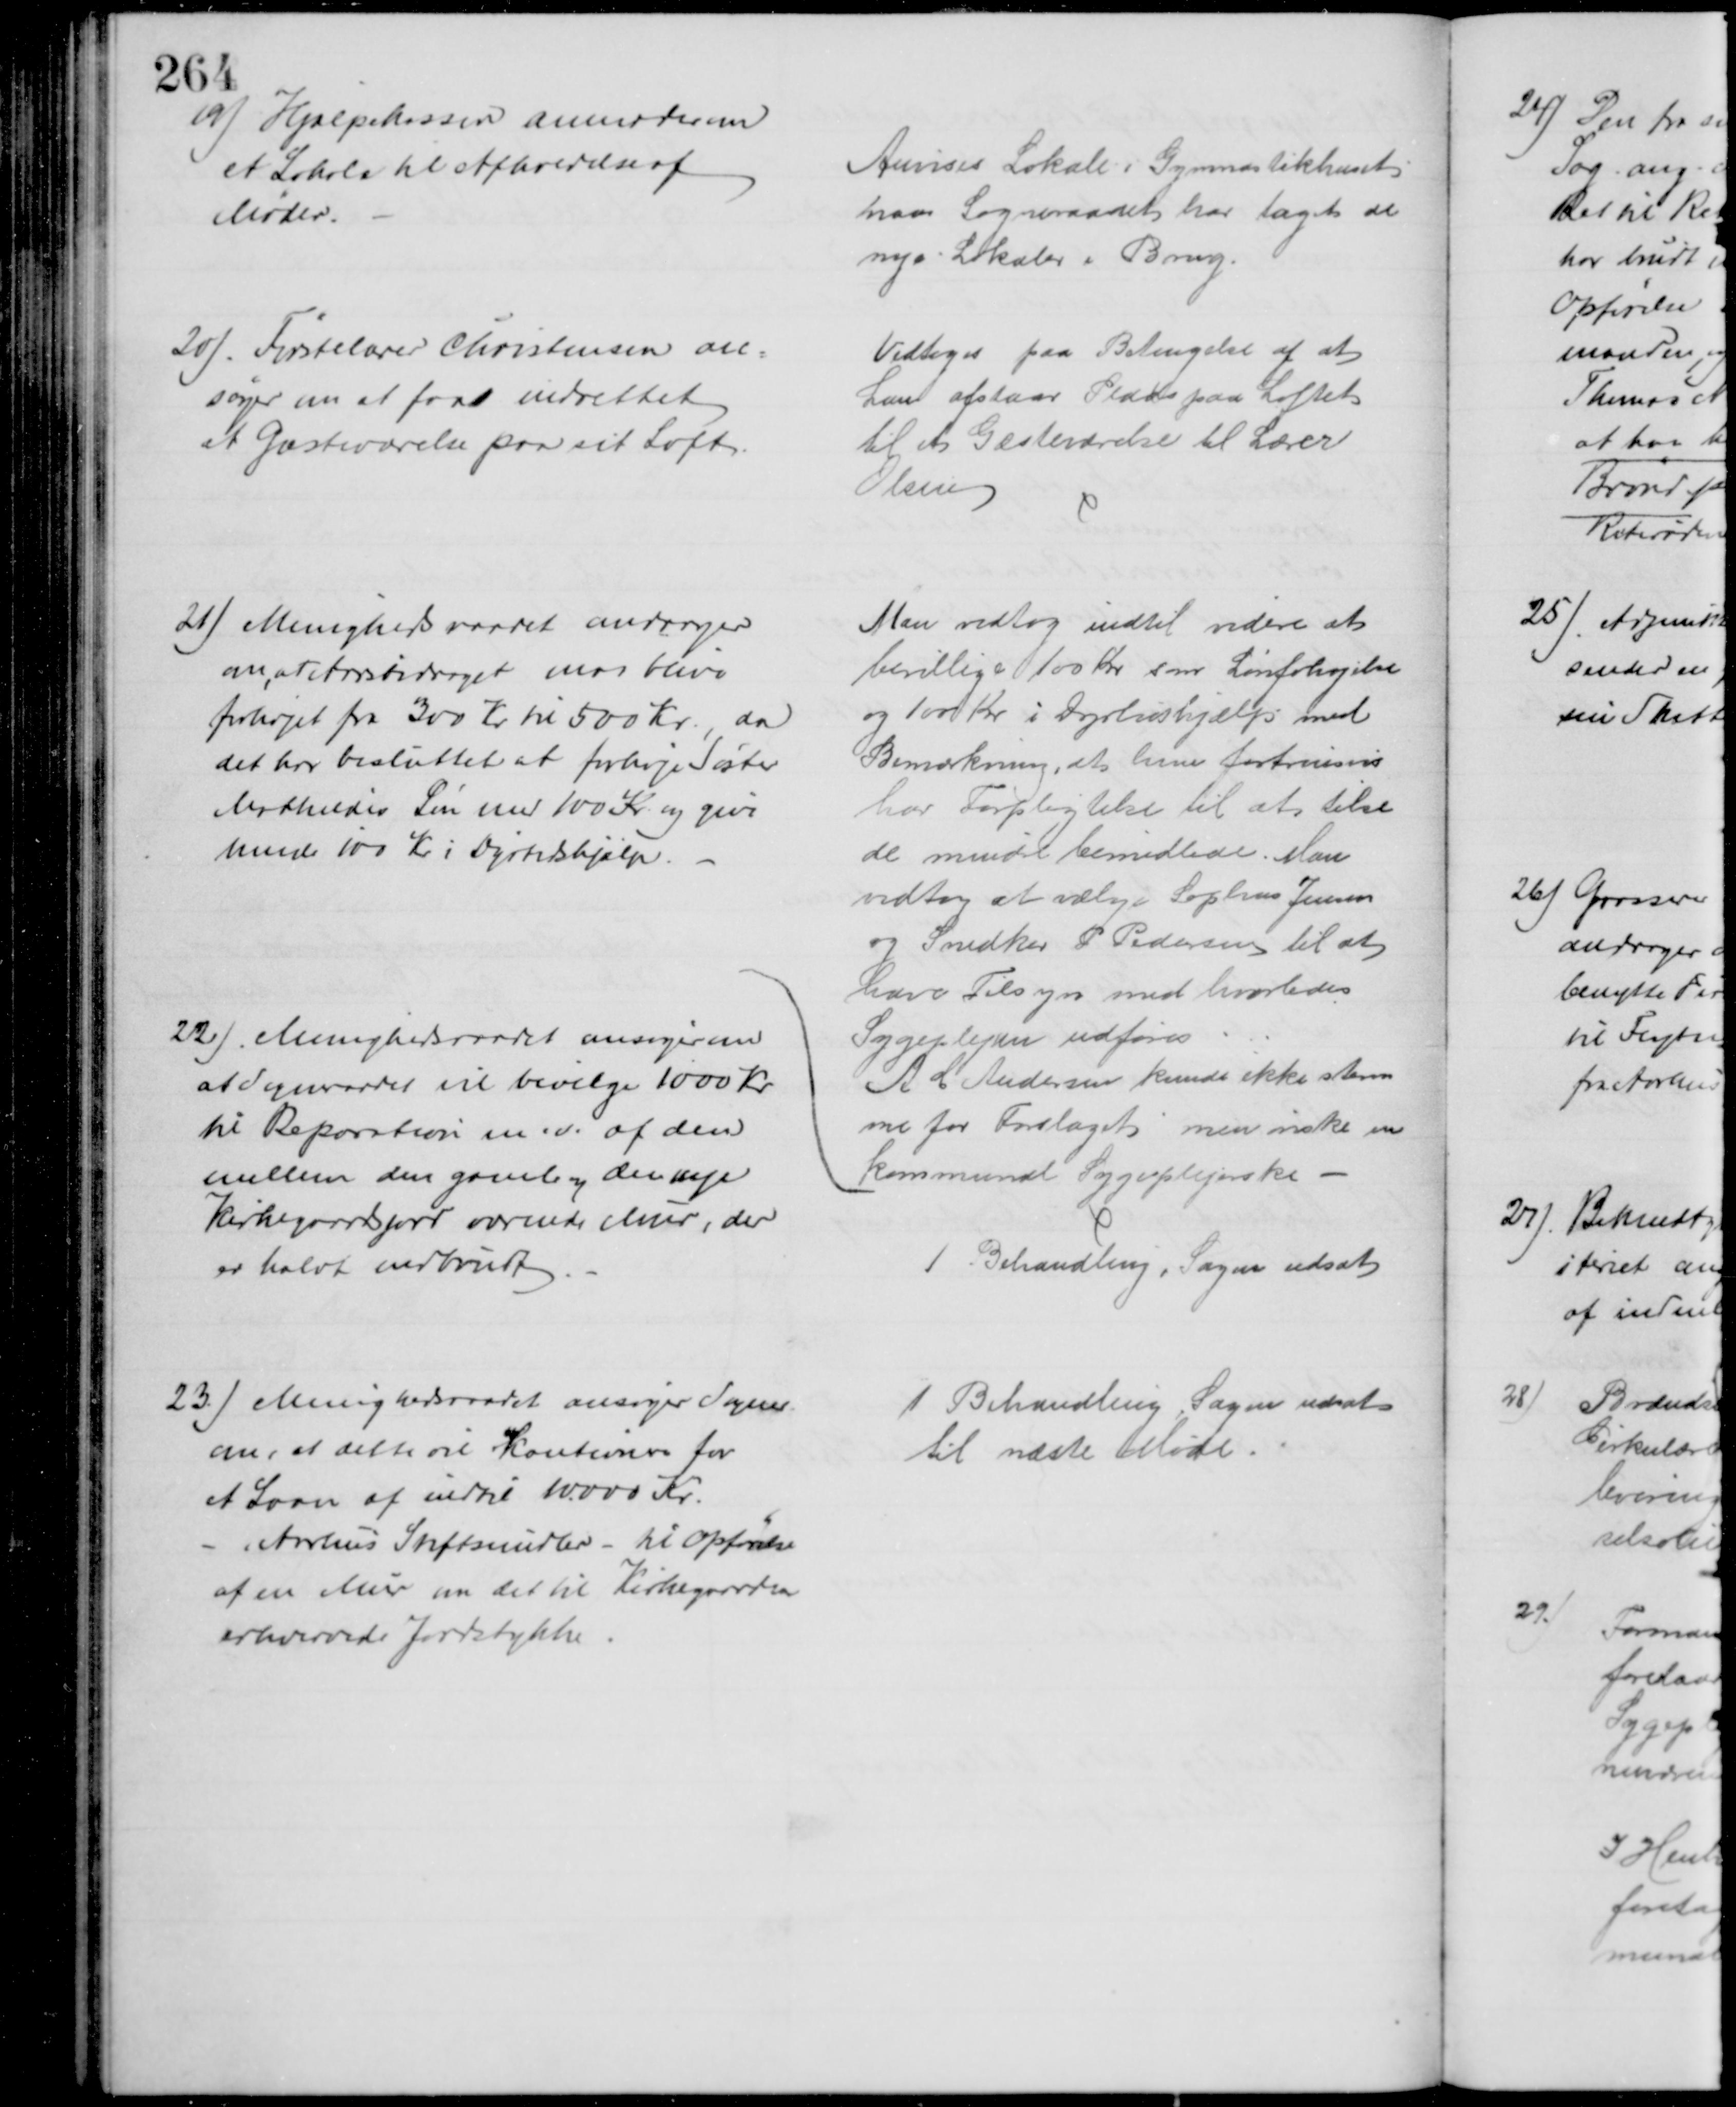
Transskription:
19) Hjælpekassen anmoder om
et Lokale til Afholdelse af 
Møder.
Anvises Lokale i Gymnastikhuset
naar Sogneraadet har taget de
nye Lokaler i Brug.
20). Førstelærer Christensen an-
søger om at faae indrettet
et Gæsteværelse paa sit Loft.
Vedtoges paa Betingelse af at
han afstaar Plads paa Loftet
til et Gæsteværelse til Lærer
Olsen
21) Menighedsraadet andrager
om, at Aarsbidraget maa blive
forhøjet fra 300 Kr til 500 Kr., da
det har besluttet at forhøje Søster
Mathildes Løn med 100 Kr og give
hende 100 Kr i Dyrtidshjælp.
Man vedtog indtil videre at
bevillige 100 Kr som Lønforhøjelse
og 100 Kr i Dyrtidshjælp med
Bemærkning, at hun fortrinsvis
har Forpligtelse til at tilse
de mindre bemidlede. Man
vedtog at vælge Sophus Jensen
og Snedker P Pedersen til at
have Tilsyn med hvorledes
Sygeplejen udføres
A C Andersen kunde ikke stem
me for Forslaget men ønske en 
kommunal Sygeplejerske
22). Menighedsraadet ansøger om
at Sogneraadet vil bevilge 1000 Kr
til Reparation m.v. af den
mellem den gamle og den nye
Kirkegaardsjord værende Mur, der
er halvt indbrudt
1 Behandling i Sagen udsat
23). Menighedsraadet ansøger Sogner
om, at dette vil kautionere for
et Laan af indtil 10.000 Kr.
- Aarhus Stiftsmidler - til Opførelse
af en Mur om det til Kirkegaarden
erhvervede Jordstykke.
1 Behandling, Sagen udsat
til næste Møde